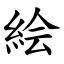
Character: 絵